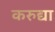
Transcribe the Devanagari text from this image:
करुद्या